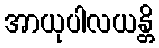
အာယုပါလယန္တိ